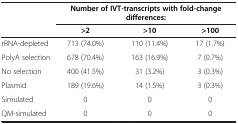
| <ROWSPAN=2>  | <COLSPAN=3> Number of IVT-transcripts with fold-change differences: |
 | >2 | >10 | >100 |
 | --- | --- | --- | --- |
 | rRNA-depleted | 713 (74.0%) | 110 (11.4%) | 17 (1.7%) |
 | PolyA selection | 678 (70.4%) | 163 (16.9%) | 7 (0.7%) |
 | No selection | 400 (41.5%) | 31 (3.2%) | 3 (0.3%) |
 | Plasmid | 189 (19.6%) | 14 (1.5%) | 3 (0.3%) |
 | Simulated | 0 | 0 | 0 |
 | QM-simulated | 0 | 0 | 0 |